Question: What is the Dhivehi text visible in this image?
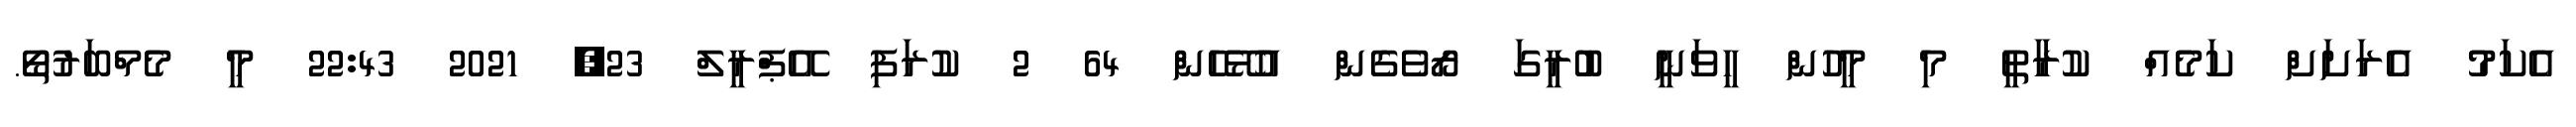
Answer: އެކަމު އެރަށަށް ކަމެއް ކުރާތީ މި މީހުން ހީވަނީ ބުރީގަ ރޯވެގެން އުޅޭހެން 64 2 ކުރަފި އޭޕްރީލް 23, 2021 22:43 މީ މެމްބަރުތޯ.